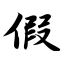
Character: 假